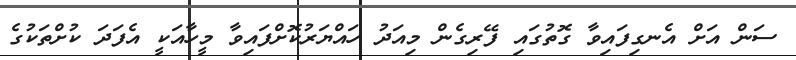
ސަން އަށް އެނގިފައިވާ ގޮތުގައި ފޭރިގެން މިއަދު ހައްޔަރުކޮށްފައިވާ މީހާއަކީ އެފަދަ ކުށްތަކުގެ